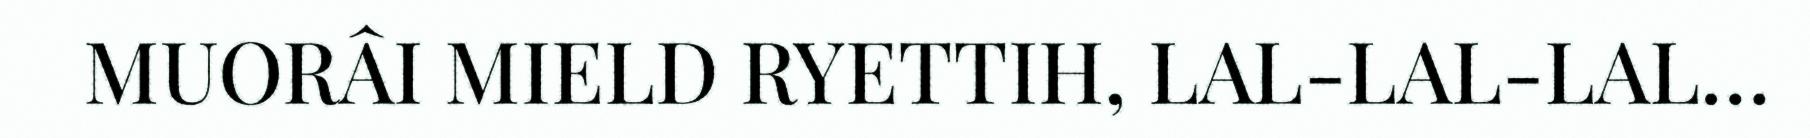
MUORÂI MIELD RYETTIH, LAL-LAL-LAL…